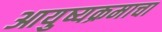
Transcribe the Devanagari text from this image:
आयुष्यक्रमाचा